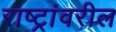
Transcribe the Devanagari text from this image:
राष्ट्रांवरील